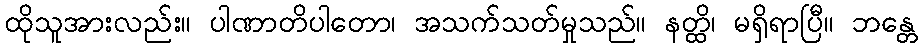
ထိုသူအားလည်း။ ပါဏာတိပါတော၊ အသက်သတ်မှုသည်။ နတ္ထိ၊ မရှိရာပြီ။ ဘန္တေ